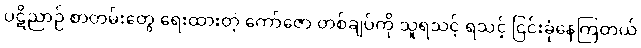
ပဋိညာဉ် စာတမ်းတွေ ရေးထားတဲ့ ကော်ဇော တစ်ချပ်ကို သူရသင့် ရသင့် ငြင်းခုံနေကြတယ်